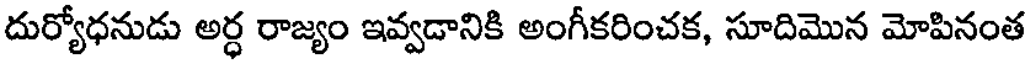
దుర్యోధనుడు అర్ధ రాజ్యం ఇవ్వడానికి అంగీకరించక, సూదిమొన మోపినంత